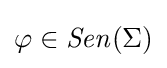
\varphi \in {\mathit {Sen}}(\Sigma )